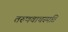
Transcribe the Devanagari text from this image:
तरुणवाचस्पति